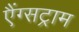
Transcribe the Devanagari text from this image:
एैंग्सट्राम